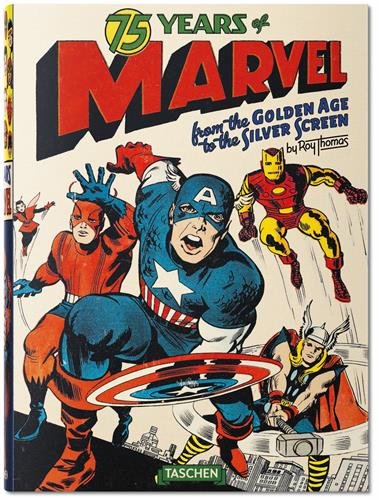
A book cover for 75 Years of Marvel Comics: From the Golden Age to the Silver Screen; Roy Thomas; Comics & Graphic Novels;